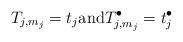
LaTeX: \begin{align*} T_{j,m_j}=t_j {\rm and} T_{j,m_j}^\bullet=t_j^\bullet \end{align*}